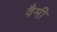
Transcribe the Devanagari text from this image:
वैमी